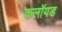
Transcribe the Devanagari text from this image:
कलॉयड